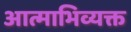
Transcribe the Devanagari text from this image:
आत्माभिव्यक्त